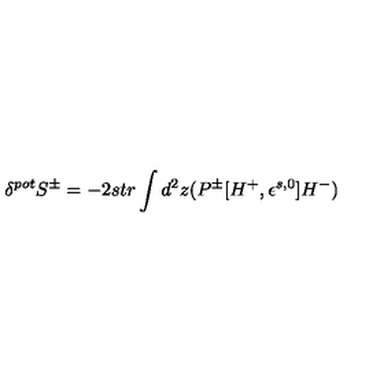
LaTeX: \delta ^ { p o t } S ^ { \pm } = - 2 s t r \int d ^ { 2 } z ( P ^ { \pm } [ H ^ { + } , \epsilon ^ { s , 0 } ] H ^ { - } )